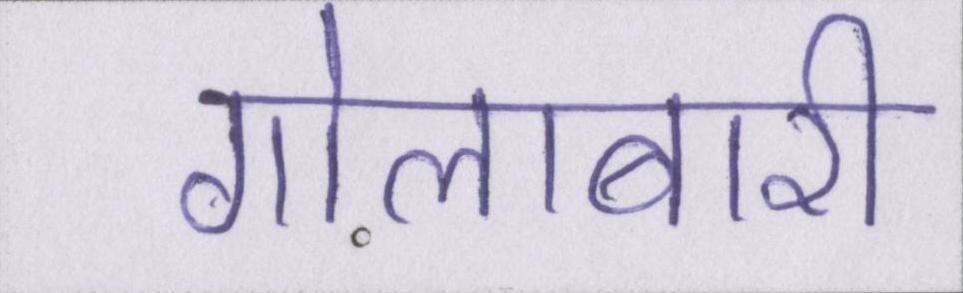
गोलाबारी